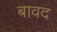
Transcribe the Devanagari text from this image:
बावद